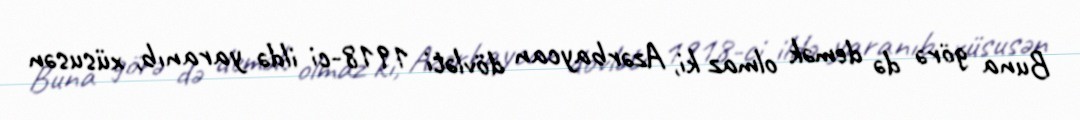
Buna görə də demək olmaz ki, Azərbaycan dövləti 1918-ci ildə yaranıb, xüsusən